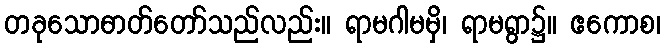
တခုသောဓာတ်တော်သည်လည်း။ ရာမဂါမမှိ၊ ရာမရွာ၌။ ဧကောစ၊